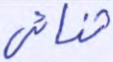
ثنائي